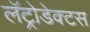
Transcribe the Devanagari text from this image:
लॅट्रोडेक्टस